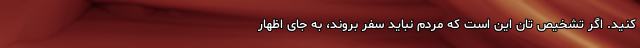
کنید. اگر تشخیص تان این است که مردم نباید سفر بروند، به جای اظهار